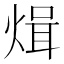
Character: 𭵓